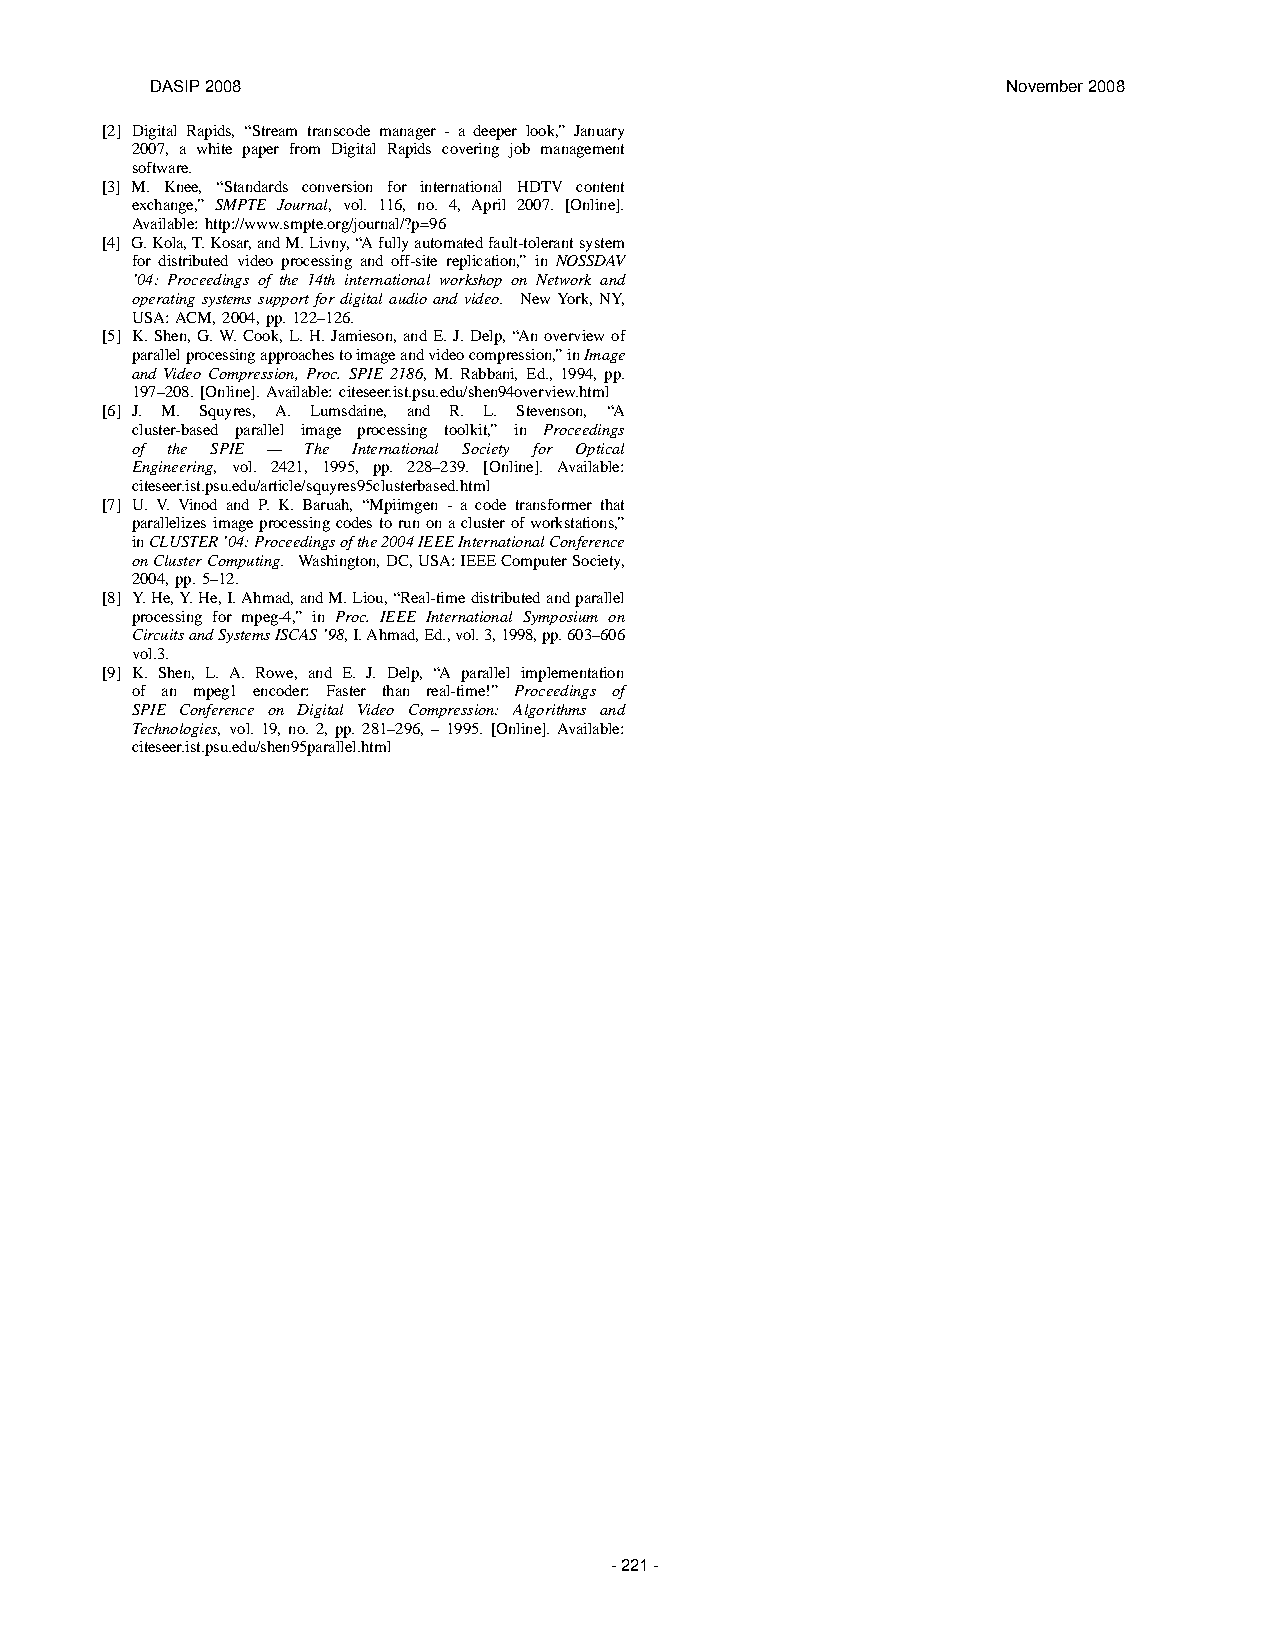
DASIP 2008                                               November 2008
 [2] Digital Rapids, “Stream transcode manager - a deeper look,” January
 2007, a white paper from Digital Rapids covering job management
 software.
 [3] M. Knee, “Standards conversion for international HDTV content
 exchange,” SMPTE Journal, vol. 116, no. 4, April 2007. [Online].
 Available: http://www.smpte.org/journal/?p=96
 [4] G.Kola,T.Kosar,andM.Livny,“Afullyautomatedfault-tolerantsystem
 for distributed video processing and off-site replication,” in NOSSDAV
 ’04: Proceedings of the 14th international workshop on Network and
 operatingsystemssupportfordigital audioandvideo. NewYork,NY,
 USA:ACM,2004,pp.122–126.
 [5] K.Shen,G.W.Cook,L.H.Jamieson,andE.J.Delp,“Anoverview of
 parallelprocessingapproachestoimageandvideocompression,”inImage
 and Video Compression, Proc. SPIE 2186, M. Rabbani, Ed., 1994, pp.
 197–208.[Online]. Available: citeseer.ist.psu.edu/shen94overview.html
 [6] J. M. Squyres, A. Lumsdaine, and R. L. Stevenson, “A
 cluster-based parallel image processing toolkit,” in Proceedings
 of the SPIE — The International Society for Optical
 Engineering, vol. 2421, 1995, pp. 228–239. [Online]. Available:
 citeseer.ist.psu.edu/article/squyres95clusterbased.html
 [7] U. V. Vinod and P. K. Baruah, “Mpiimgen - a code transformer that
 parallelizes imageprocessingcodestorunonaclusterofworkstations,”
 inCLUSTER’04:Proceedingsofthe2004IEEEInternationalConference
 onClusterComputing. Washington,DC,USA:IEEEComputerSociety,
 2004,pp.5–12.
 [8] Y.He,Y.He,I.Ahmad,andM.Liou,“Real-timedistributedandparallel
 processing for mpeg-4,” in Proc. IEEE International Symposium on
 CircuitsandSystemsISCAS’98,I.Ahmad,Ed.,vol.3,1998,pp.603–606
 vol.3.
 [9] K. Shen, L. A. Rowe, and E. J. Delp, “A parallel implementation
 of an mpeg1 encoder: Faster than real-time!” Proceedings of
 SPIE Conference on Digital Video Compression: Algorithms and
 Technologies, vol. 19, no. 2, pp. 281–296, – 1995. [Online]. Available:
 citeseer.ist.psu.edu/shen95parallel.html
 - 221 -